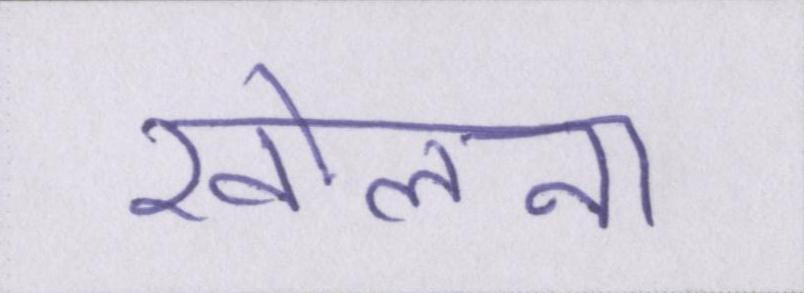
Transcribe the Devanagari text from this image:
खोलना